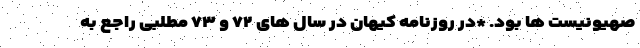
صهیونیست ها بود. *در روزنامه کیهان در سال های ۷۲ و ۷۳ مطلبی راجع به